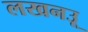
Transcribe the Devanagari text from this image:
लखनउू